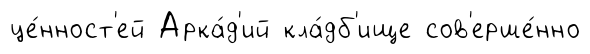
це́нност'ей Арка́д'ий кла́дб'ище сов'ерше́нно